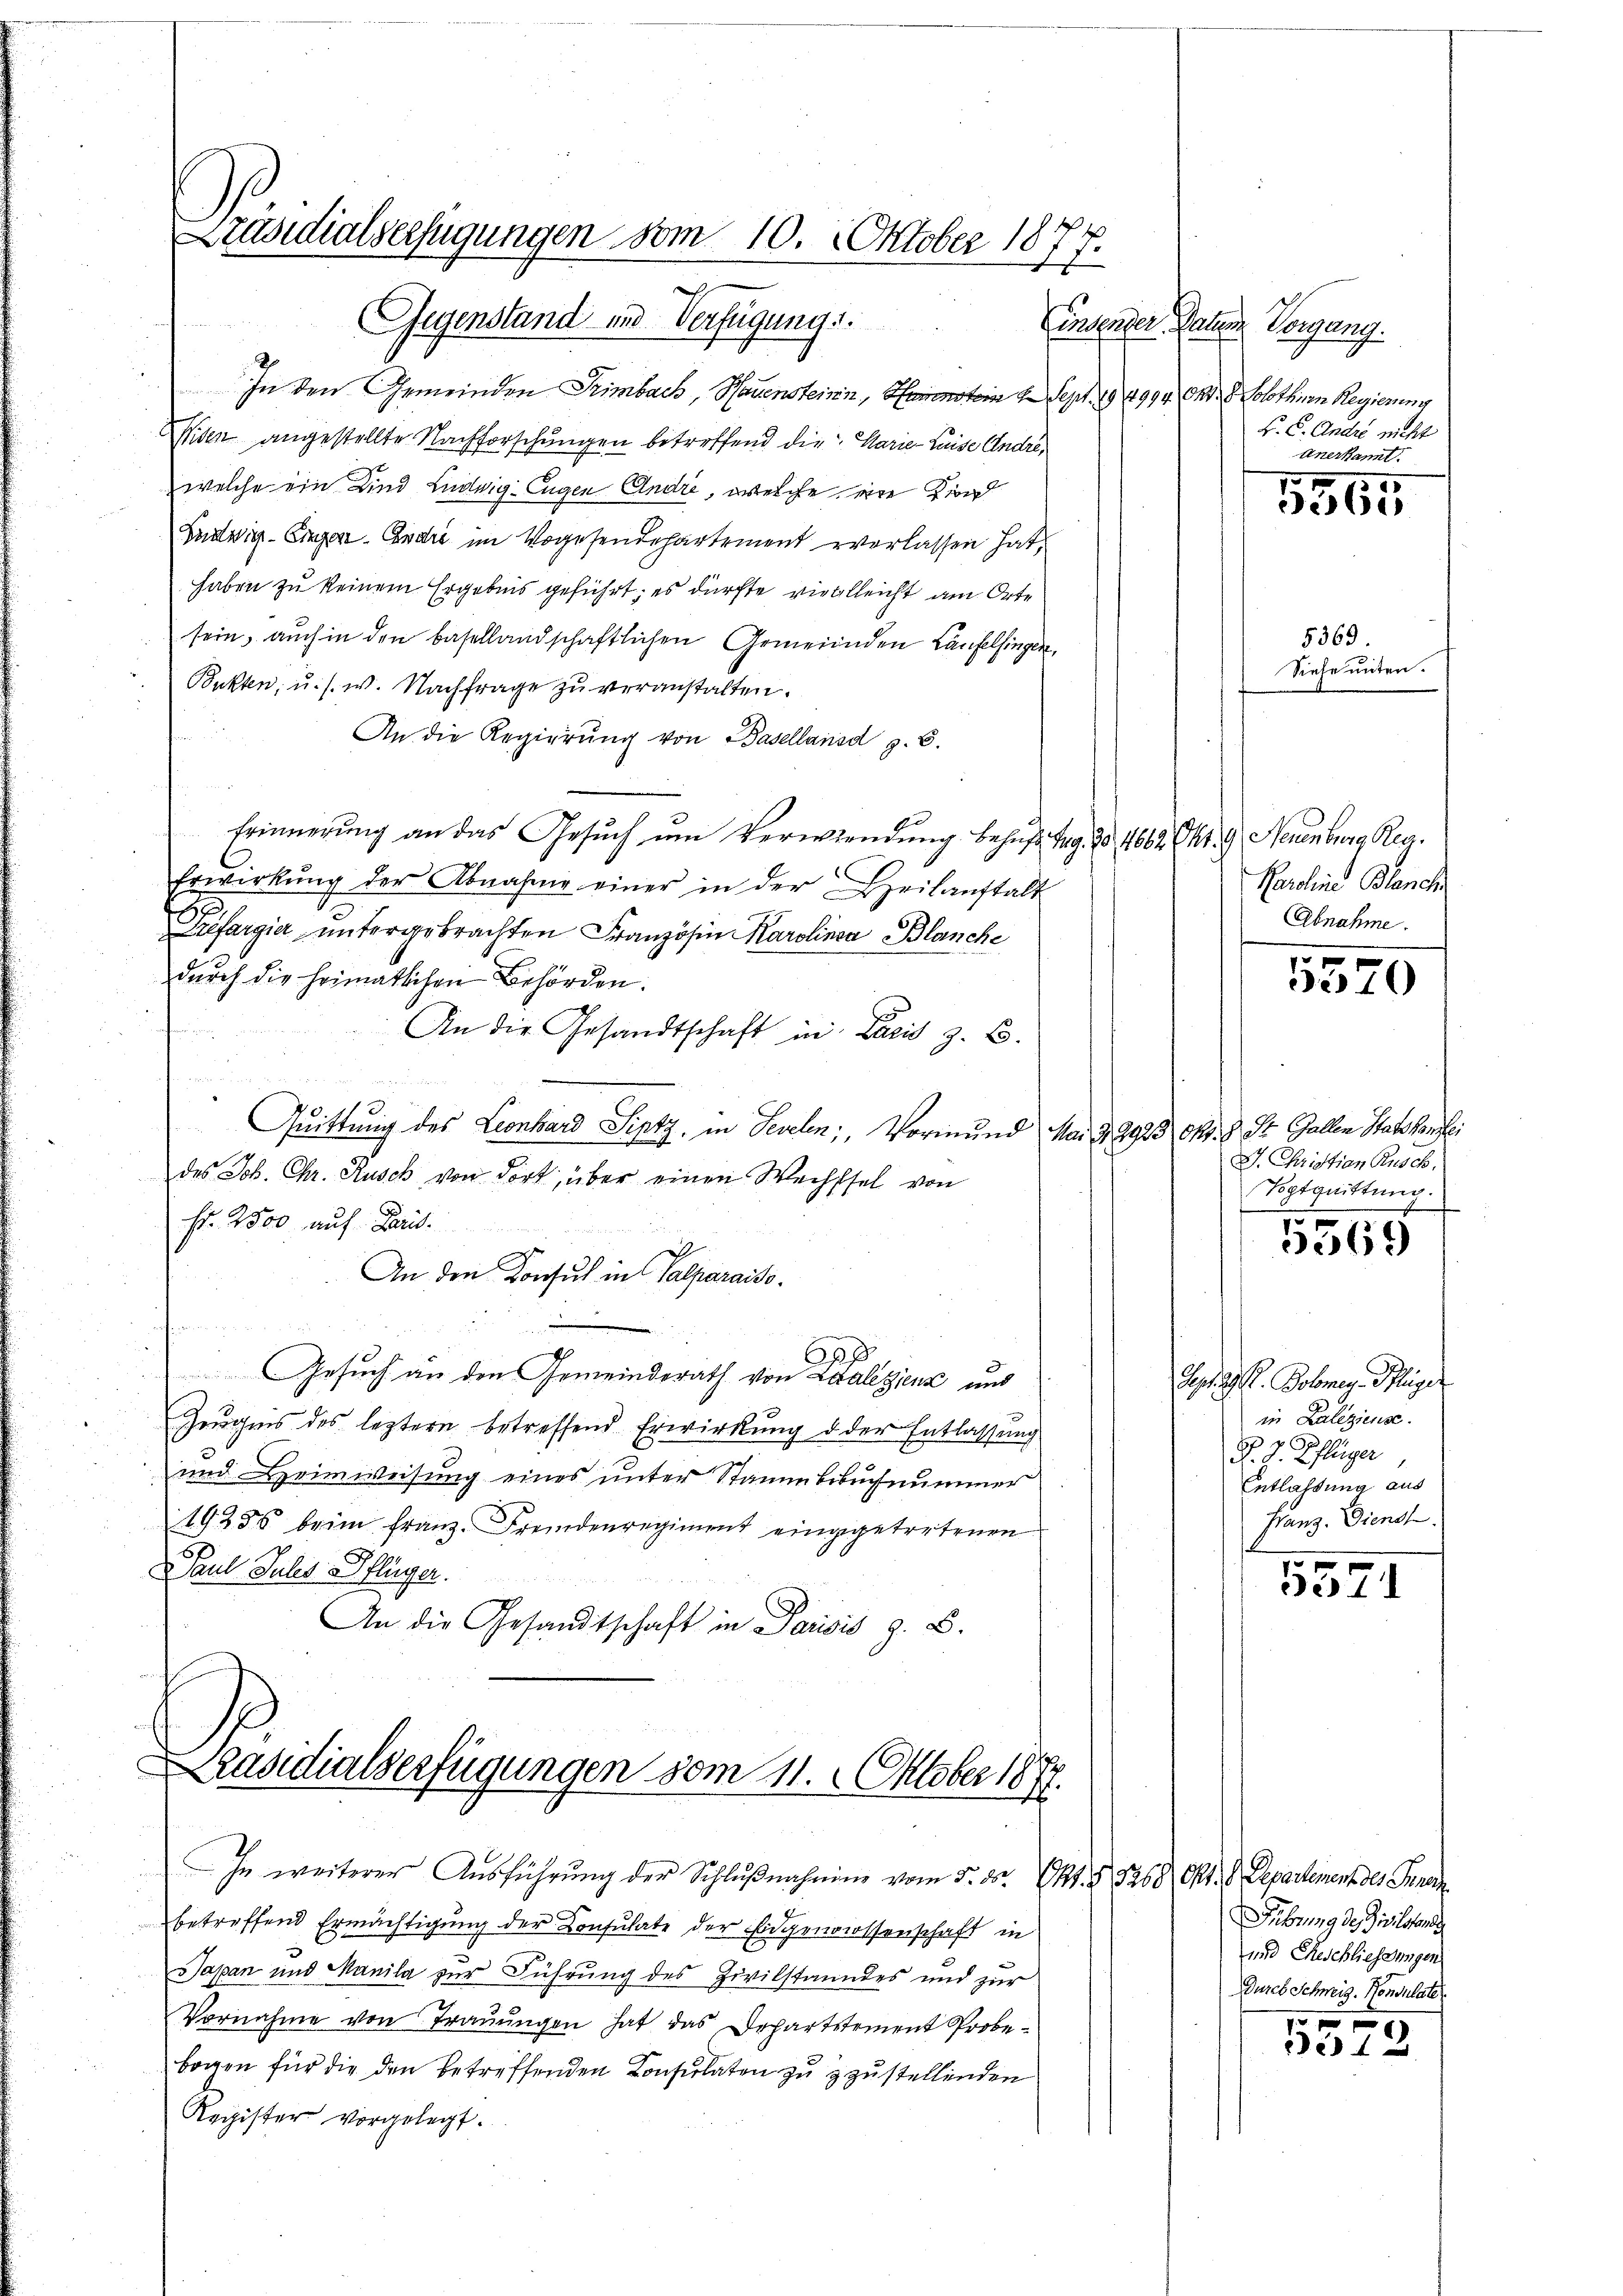
Präsidialserfügungen vom 10. Oktober 1877.
uf

In den Gemeinden Trimbach, Hauensteinin, Hamenstein 1 Sept. 1994 Art. Solothurn Regierung
Widen angestellte Nachforschungen betreffend die Marie Luise Andre,
welche ein Kind Luduig: Eugen Andre, welche eine Zin
Ludwig- Eigen. Endre im Vogesendepartement vorlassen hat,
haben zu keinem Ergebnis geführt; es dürfte vielleicht am Orte
sein, auch in den basellandschaftlichen Gemeinden Laufelsingen,
Bukten, u. s. w. Nachfrage zu veranstalten.
An die Regierŭng von Basellansd z. B.
Erinnerung an das Gesŭch ŭm Verwendung behufs Tag. 20, 4662 Okt. 9, Neuenburg Rea¬
Erwirkŭng der Abnahme einer in der Beilanstalt
Trefargie ŭntergebrachten Französin Karolinea Blanche
dŭrch die heimatlichen Behörden.
An die Gesandtschaft in Paris z. B.
Quittung des Leonhard Sipty, in Fevelen; Vormund Mar § 9923 Okt. 8. St. Gallen Stats Kanzlei
e
des Joh. Chr. Rusch von dort, über einen Wechsel von
Fr. 2500 auf Paris.
An den Konsul in Palparaiso
he
Gesuch an den Gemeindsrath von Zalesienz und
Zeugnis des leztere betreffend Erwirkung d der Entlassung
und Heimweisung eines unter Stammbebuchnummer
1923 beim franz. Fremdenregiment eingegetretenen
Paul Jules Pflüger.
An die Gesandtschaft in Parisis z. B.
räsidialverfügungen vom 11. Oktober 1877.
In weiterer Aŭsführŭng der Schlŭβnahmen vom 5. ds. Okt. § 8268 Okt. 8. Departement des Finan
betreffend Ermächtigung der Consulate der Eidgenossenschaft in
Sapan und Manila zur Führung des Zivilstandes und zur
Vornahme von Trauungen hat das Departstement Probebogen für die den betreffenden Consulaten zu zzustellenden
Register vorgelegt.

Gegenstand und Verfügung.

Einsender Datum Vorgang.
F. C. Andre nicht
Anerkannt.

.
3265

5369.
Siehe unten.

Paroline Blanch
Abnahme.

5570

J. Christian Rusch.
Vogtguittung.

5
3362)

Sept. d. Jobmey Pflege
in Laliziens.
x
J. J. Pflüger,
Entlassung aus
Franz. Diens.

5
5571

Fübung der Zivilstand
und Eheschliessungen
Durch Schweiz. Konsulate
5

3572